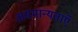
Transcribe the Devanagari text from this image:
असमान्यताएँ